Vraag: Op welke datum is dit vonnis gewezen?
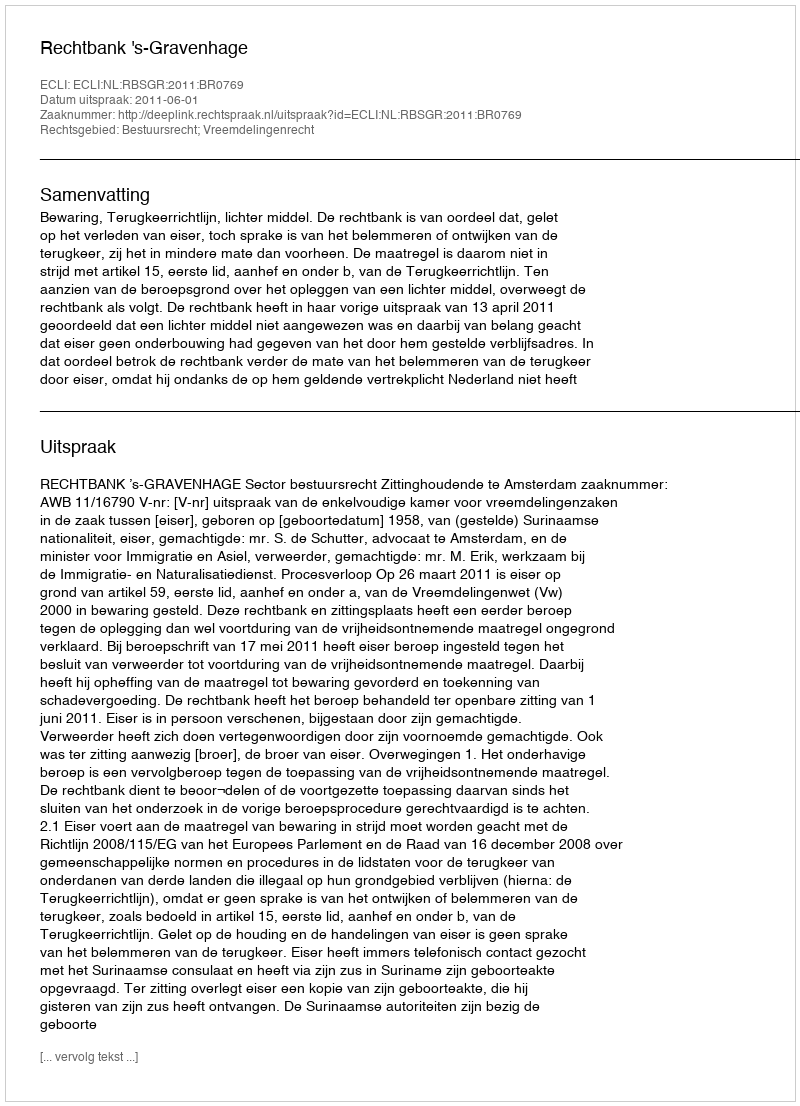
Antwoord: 2011-06-01